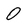
Character: 0